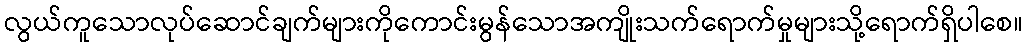
လွယ်ကူသောလုပ်ဆောင်ချက်များကိုကောင်းမွန်သောအကျိုးသက်ရောက်မှုများသို့ရောက်ရှိပါစေ။